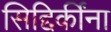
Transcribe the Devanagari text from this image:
सिद्दिकींना